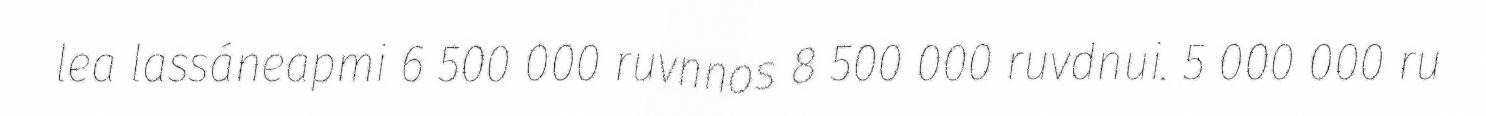
lea lassáneapmi 6 500 000 ruvnnos 8 500 000 ruvdnui. 5 000 000 ru